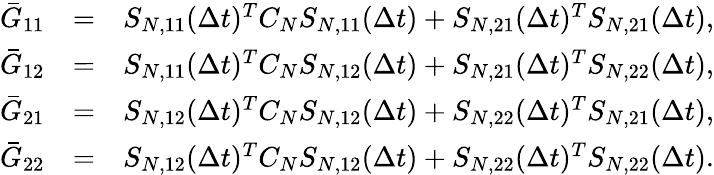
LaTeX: \begin{array}{rlr}{\bar{G}_{11}}&{=}&{{S}_{N,11}(\Delta t)^{T}C_{N}{S}_{N,11}(\Delta t)+{S}_{N,21}(\Delta t)^{T}{S}_{N,21}(\Delta t),}\\ {\bar{G}_{12}}&{=}&{{S}_{N,11}(\Delta t)^{T}C_{N}{S}_{N,12}(\Delta t)+{S}_{N,21}(\Delta t)^{T}{S}_{N,22}(\Delta t),}\\ {\bar{G}_{21}}&{=}&{{S}_{N,12}(\Delta t)^{T}C_{N}{S}_{N,12}(\Delta t)+{S}_{N,22}(\Delta t)^{T}{S}_{N,21}(\Delta t),}\\ {\bar{G}_{22}}&{=}&{{S}_{N,12}(\Delta t)^{T}C_{N}{S}_{N,12}(\Delta t)+{S}_{N,22}(\Delta t)^{T}{S}_{N,22}(\Delta t).}\end{array}